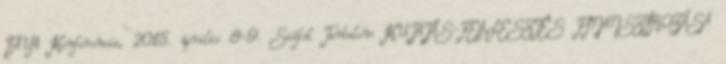
FAVA Konferencia, 2015. április 8-9. Siófok Tartalom KUTATÁS-FEJLESZTÉS FINANSZÍROZÁSA